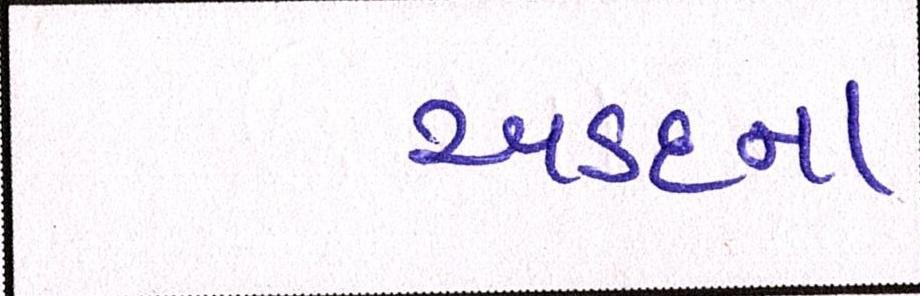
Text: અડદના